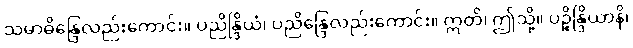
သမာဓိန္ဒြေလည်းကောင်း။ ပညိန္ဒြိယံ၊ ပညိန္ဒြေလည်းကောင်း။ ဣတိ၊ ဤသို့။ ပဉ္စိန္ဒြိယာနိ၊